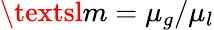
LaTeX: \textsl{m}=\mu_{g}/\mu_{l}